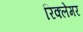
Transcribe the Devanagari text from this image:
रिक्लेमर